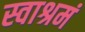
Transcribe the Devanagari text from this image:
स्वाश्रमं